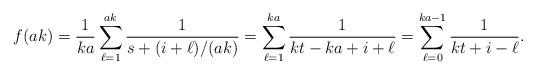
LaTeX: \begin{align*}f(ak) = \frac{1}{ka} \sum_{\ell=1}^{ak} \frac{1}{s + (i+\ell)/(ak)} = \sum_{\ell=1}^{ka} \frac{1}{kt-ka + i +\ell} &= \sum_{\ell=0}^{ka-1} \frac{1}{kt + i -\ell}.\end{align*}